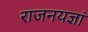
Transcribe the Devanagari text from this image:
राजनयज्ञां